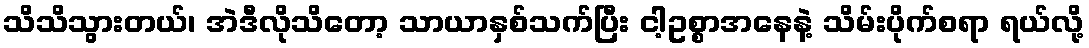
သိသိသွားတယ်၊ အဲဒီလိုသိတော့ သာယာနှစ်သက်ပြီး ငါ့ဥစ္စာအနေနဲ့ သိမ်းပိုက်စရာ ရယ်လို့